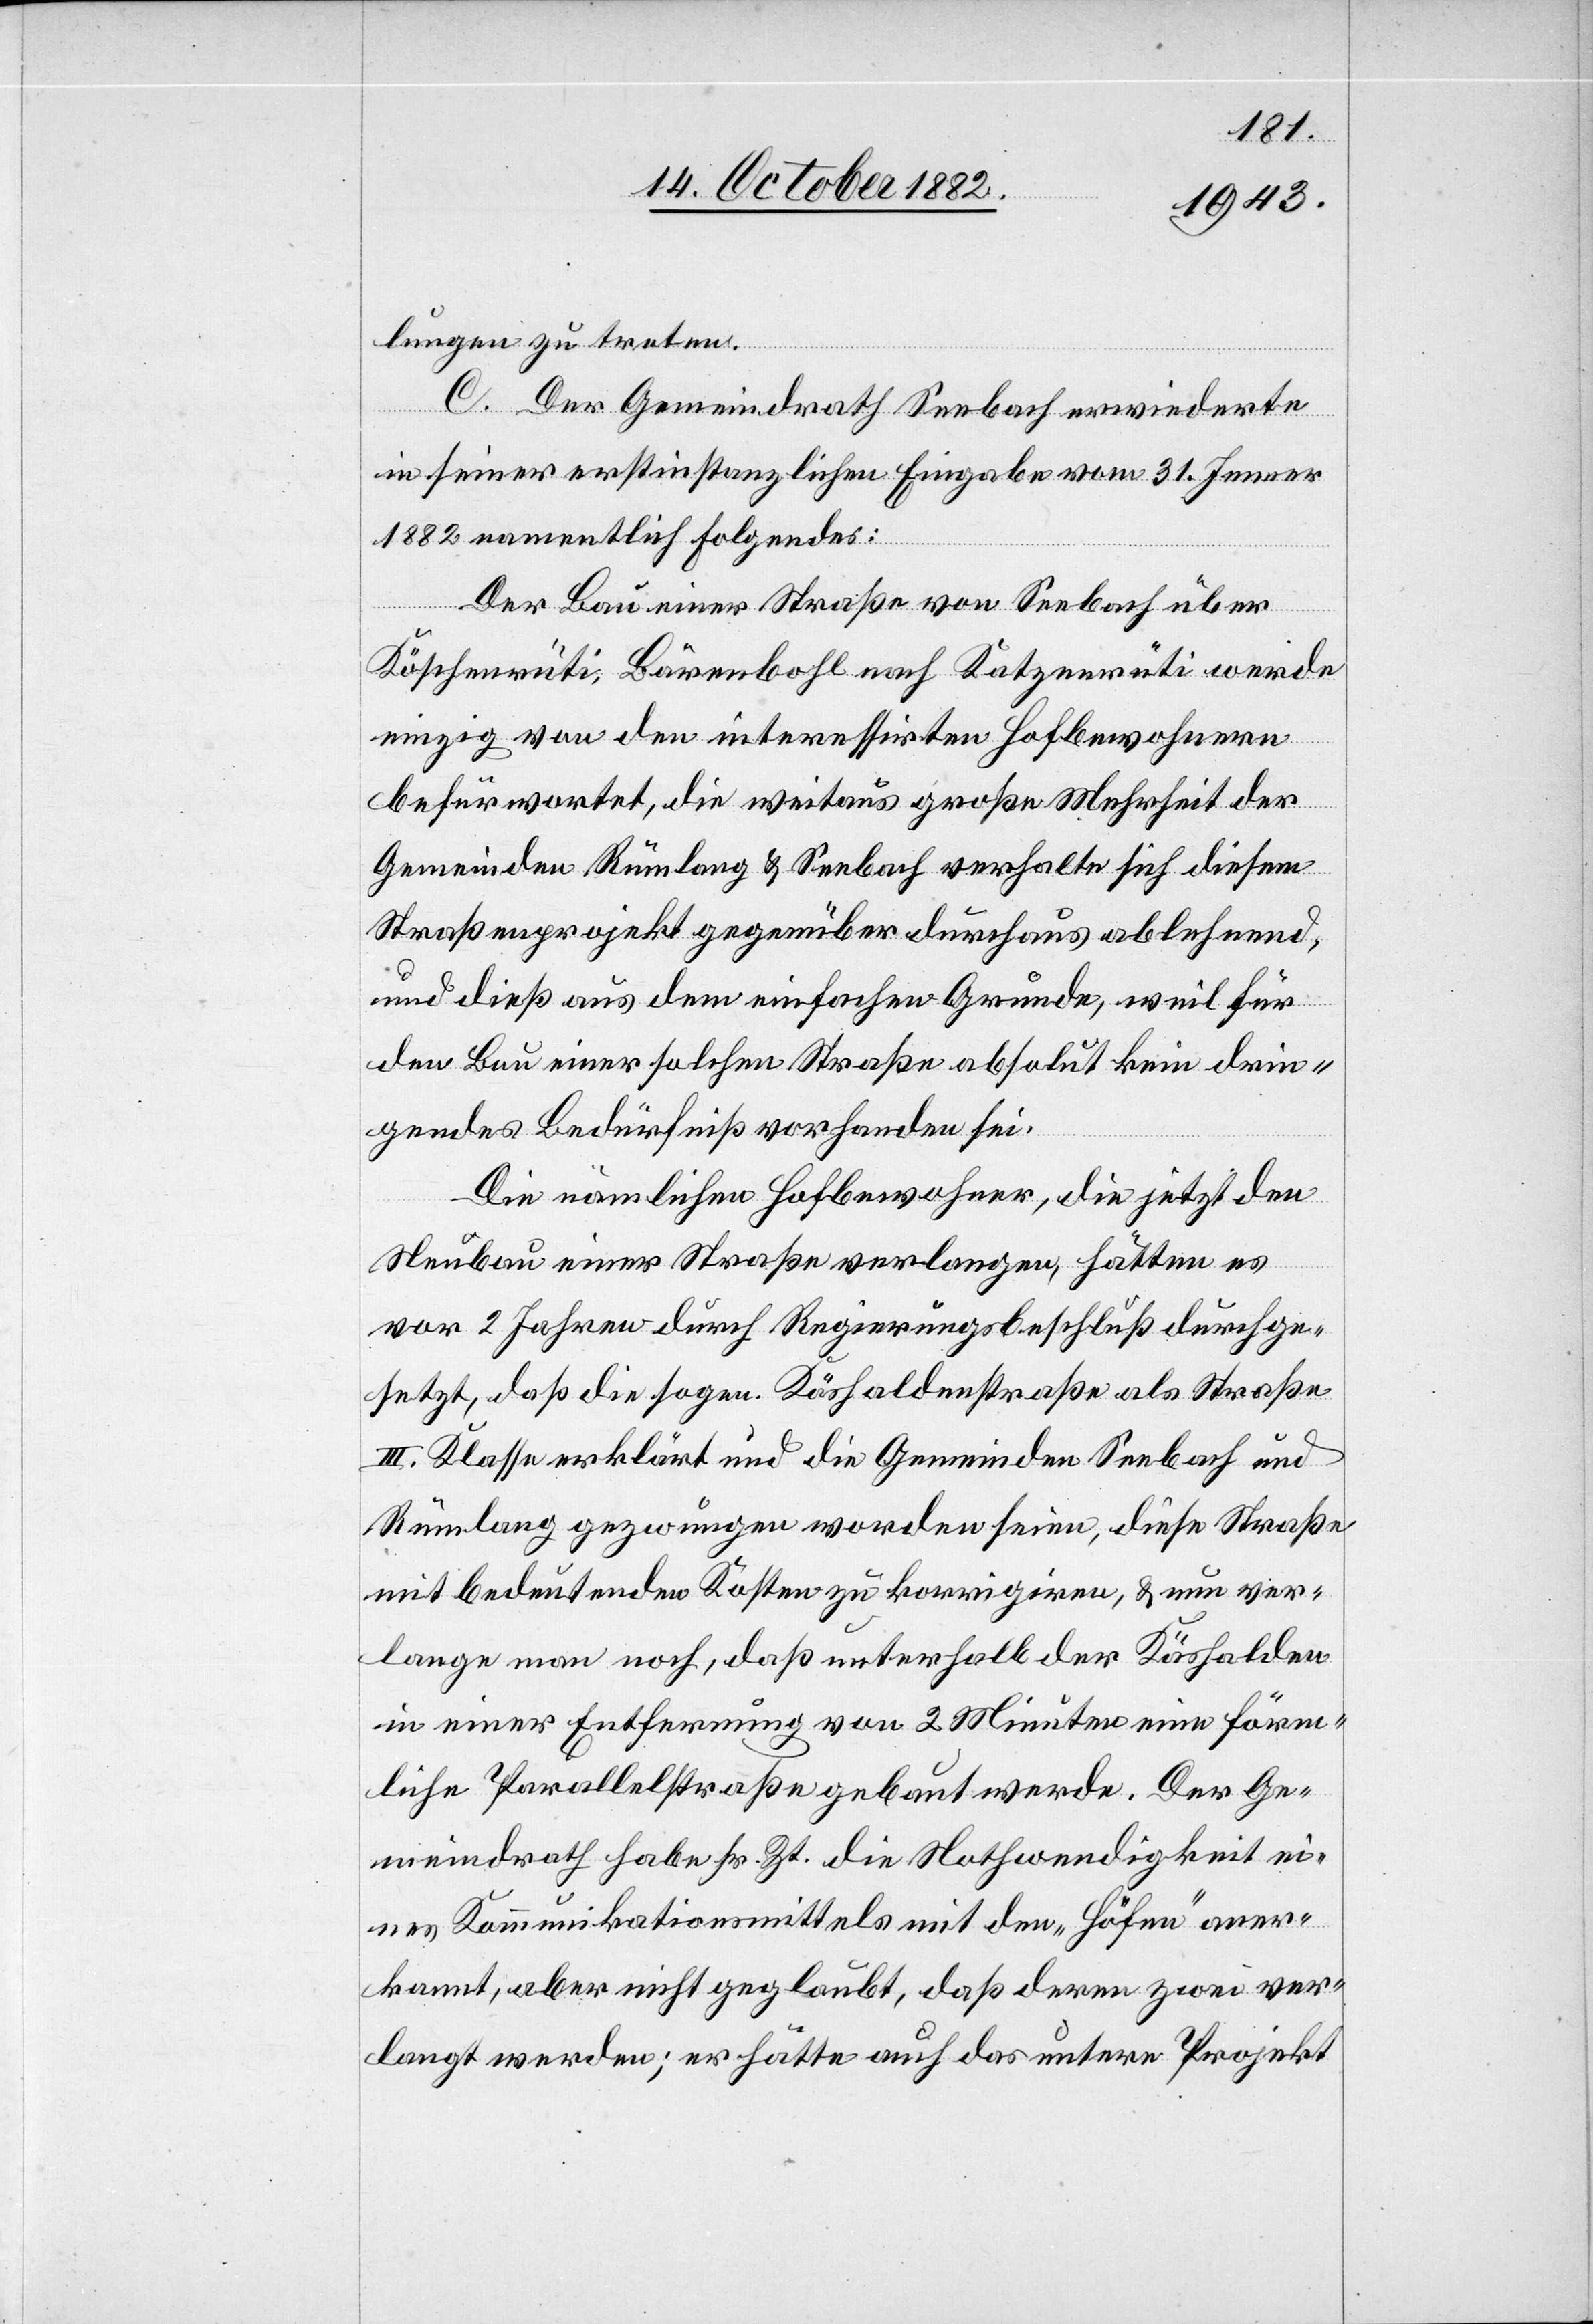
lungen zu treten.
C. Der Gemeindrath Seebach erwiederte
in seiner erstinstanzlichen Eingabe vom 31. Jenner
1882 namentlich Folgendes:
Der Bau einer Straße von Seebach über
Köschenrüti, Bärenbohl nach Katzenrüti werde
einzig von den interessirten Hofbewohnern
befürwortet, die weitaus große Mehrheit der
Gemeinden Rümlang & Seebach verhalte sich diesem
Straßenprojekt gegenüber durchaus ablehnend,
und dieß aus dem einfachen Grunde, weil für
den Bau einer solchen Straße absolut kein drin¬
gendes Bedürfniß vorhanden sei.
Die nämlichen Hofbewohner, die jetzt den
Neubau einer Straße verlangen, hätten
vor 2 Jahren durch Regierungsbeschluß durchge¬
setzt, daß die sogen. Käshaldenstraße als Straße
III. Klasse erklärt und die Gemeinden Seebach und
Rümlang gezwungen worden seien, diese Straße
mit bedeutenden Kosten zu korrigiren, & nun ver¬
lange man noch, daß unterhalb der Käshalden
in einer Entfernung von 2 Minuten eine förm¬
liche Parallelstraße gebaut werde. Der Ge¬
meindrath habe sr. Zt. die Nothwendigkeit ei¬
nes Kommunikationsmittels mit den „Höfen“ aner¬
kannt, aber nicht geglaubt, daß deren zwei ver¬
langt werden; er hätte auch das untere Projekt